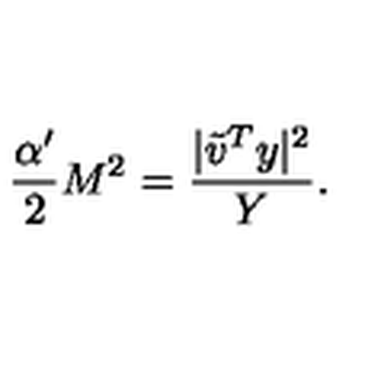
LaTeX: \frac { \alpha ^ { \prime } } { 2 } M ^ { 2 } = \frac { | { \tilde { v } } ^ { T } y | ^ { 2 } } { Y } .